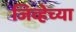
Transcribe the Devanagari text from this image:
जिव्हेच्या